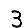
Digit: 3